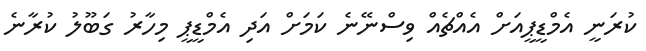
ކުރަނީ އެމްޑީޕީއަށް އެއްޗެއް ވިސްނޭނެ ކަމަށް އަދި އެމްޑީޕީ މިހާރު ގަބޫލު ކުރާނެ